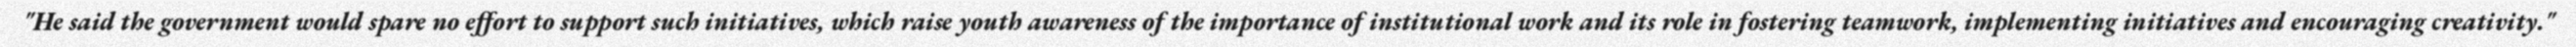
"He said the government would spare no effort to support such initiatives, which raise youth awareness of the importance of institutional work and its role in fostering teamwork, implementing initiatives and encouraging creativity."